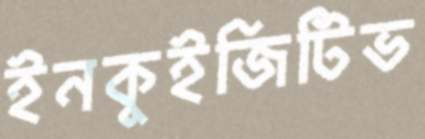
ইনকুইজিটিভ